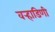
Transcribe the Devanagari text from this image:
वर्‍हाडिणी